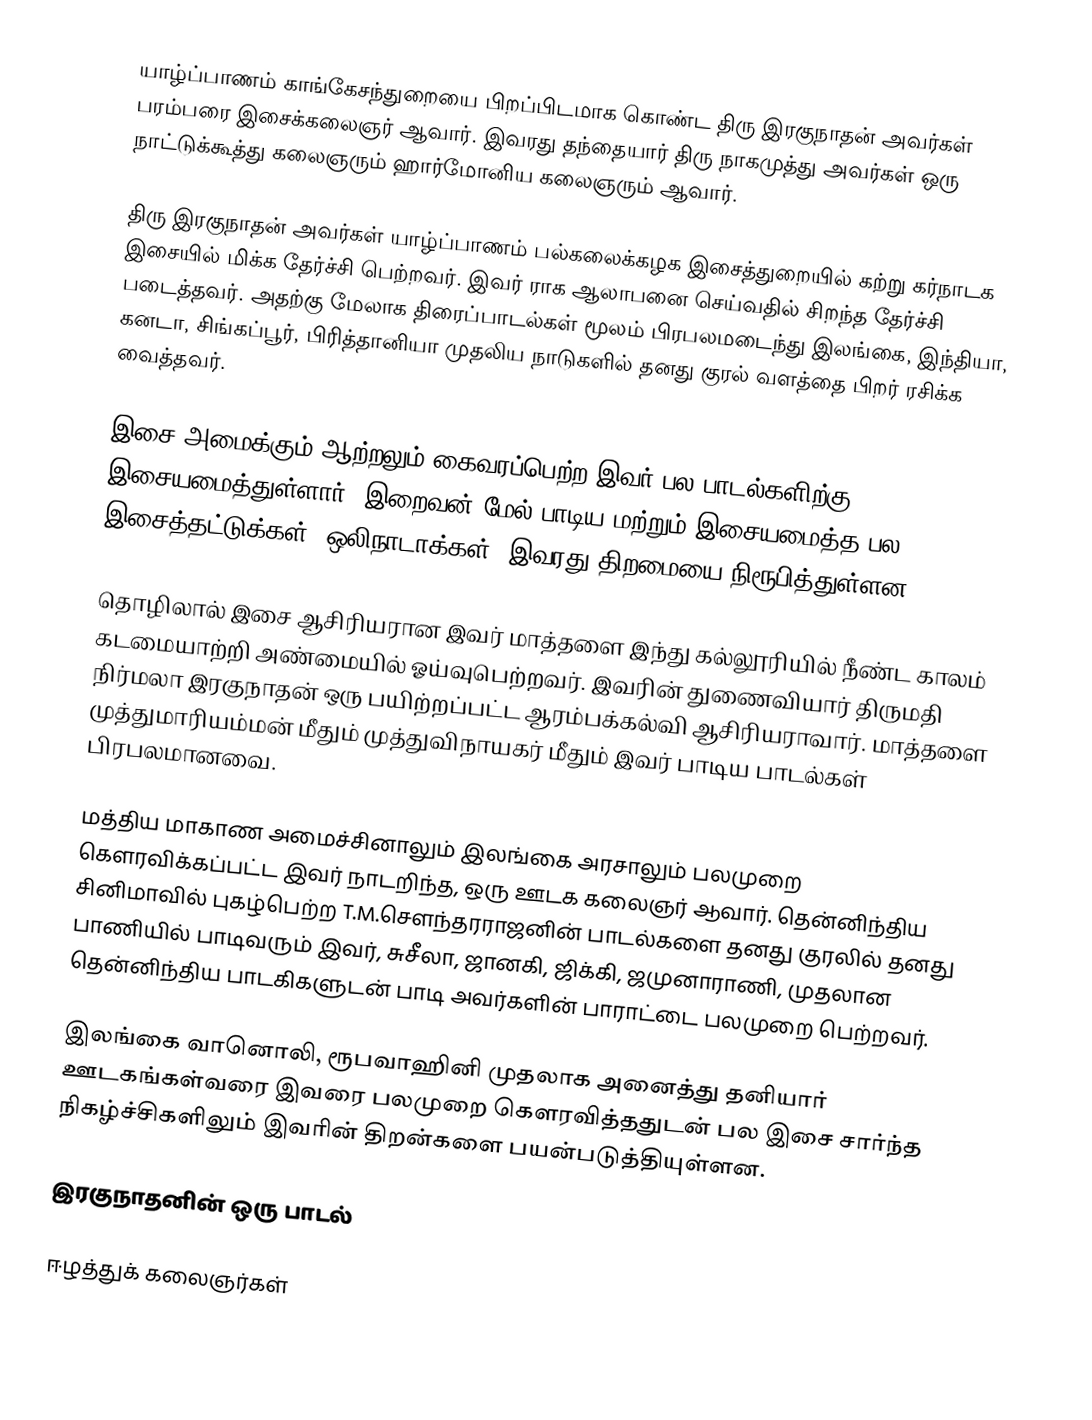
யாழ்ப்பாணம் காங்கேசந்துறையை பிறப்பிடமாக கொண்ட திரு இரகுநாதன் அவர்கள் பரம்பரை இசைக்கலைஞர் ஆவார். இவரது தந்தையார் திரு நாகமுத்து அவர்கள் ஒரு நாட்டுக்கூத்து கலைஞரும் ஹார்மோனிய கலைஞரும் ஆவார்.

திரு இரகுநாதன் அவர்கள் யாழ்ப்பாணம் பல்கலைக்கழக இசைத்துறையில் கற்று கர்நாடக இசையில் மிக்க தேர்ச்சி பெற்றவர். இவர் ராக ஆலாபனை செய்வதில் சிறந்த தேர்ச்சி படைத்தவர்.  அதற்கு மேலாக திரைப்பாடல்கள் மூலம் பிரபலமடைந்து இலங்கை, இந்தியா, கனடா, சிங்கப்பூர், பிரித்தானியா முதலிய நாடுகளில் தனது குரல் வளத்தை பிறர் ரசிக்க வைத்தவர்.

இசை அமைக்கும் ஆற்றலும் கைவரப்பெற்ற இவர் பல பாடல்களிற்கு இசையமைத்துள்ளார். இறைவன் மேல் பாடிய மற்றும் இசையமைத்த பல இசைத்தட்டுக்கள், ஒலிநாடாக்கள், இவரது திறமையை நிரூபித்துள்ளன.

தொழிலால் இசை ஆசிரியரான இவர் மாத்தளை இந்து கல்லூரியில் நீண்ட காலம் கடமையாற்றி அண்மையில் ஓய்வுபெற்றவர். இவரின் துணைவியார் திருமதி நிர்மலா இரகுநாதன் ஒரு பயிற்றப்பட்ட ஆரம்பக்கல்வி ஆசிரியராவார். மாத்தளை முத்துமாரியம்மன் மீதும் முத்துவிநாயகர் மீதும் இவர் பாடிய பாடல்கள் பிரபலமானவை.

மத்திய மாகாண அமைச்சினாலும் இலங்கை அரசாலும் பலமுறை கௌரவிக்கப்பட்ட இவர் நாடறிந்த, ஒரு ஊடக கலைஞர் ஆவார். தென்னிந்திய சினிமாவில் புகழ்பெற்ற T.M.சௌந்தரராஜனின் பாடல்களை தனது குரலில் தனது பாணியில் பாடிவரும் இவர், சுசீலா, ஜானகி, ஜிக்கி, ஜமுனாராணி, முதலான தென்னிந்திய பாடகிகளுடன் பாடி அவர்களின் பாராட்டை பலமுறை பெற்றவர்.

இலங்கை வானொலி, ரூபவாஹினி முதலாக அனைத்து தனியார் ஊடகங்கள்வரை இவரை பலமுறை கௌரவித்ததுடன் பல இசை சார்ந்த நிகழ்ச்சிகளிலும் இவரின் திறன்களை பயன்படுத்தியுள்ளன.

இரகுநாதனின் ஒரு பாடல்

ஈழத்துக் கலைஞர்கள்